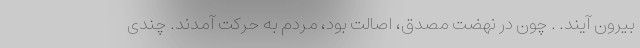
بیرون آیند. . چون در نهضت مصدق، اصالت بود، مردم به حرکت آمدند. چندی